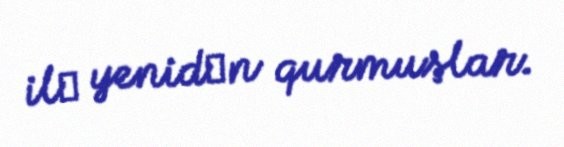
ilә yenidәn qurmuşlar.